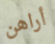
أراهن